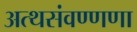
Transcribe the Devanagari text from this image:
अत्थसंवण्णणा